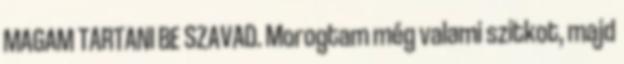
MAGAM TARTANI BE SZAVAD. Morogtam még valami szitkot, majd